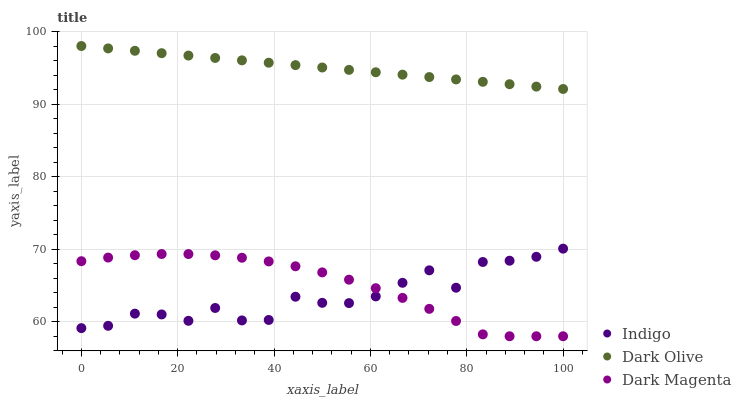
| xaxis_label | Indigo | Dark Olive | Dark Magenta |
 | --- | --- | --- | --- |
 | 0 | 59.1 | 98 | 68.3 |
 | 5.56 | 59.4 | 97.7 | 68.8 |
 | 11.1 | 61.1 | 97.3 | 69.2 |
 | 16.7 | 61 | 97 | 69.3 |
 | 22.2 | 60.1 | 96.7 | 69.3 |
 | 27.8 | 61.9 | 96.4 | 69.2 |
 | 33.3 | 60.2 | 96 | 68.8 |
 | 38.9 | 60.2 | 95.7 | 68.3 |
 | 44.4 | 63.4 | 95.4 | 67.6 |
 | 50 | 62.6 | 95 | 66.8 |
 | 55.6 | 62.6 | 94.7 | 65.8 |
 | 61.1 | 63.5 | 94.4 | 64.6 |
 | 66.7 | 65.4 | 94.1 | 63.3 |
 | 72.2 | 67.1 | 93.7 | 61.8 |
 | 77.8 | 64.7 | 93.4 | 60.1 |
 | 83.3 | 68.2 | 93.1 | 58.3 |
 | 88.9 | 68.4 | 92.7 | 58 |
 | 94.4 | 69 | 92.4 | 58 |
 | 100 | 70.1 | 92.1 | 58 |